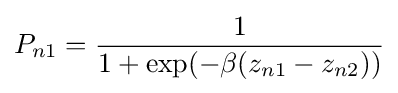
P_{n1}={\frac {1}{1+\exp(-\beta (z_{n1}-z_{n2}))}}